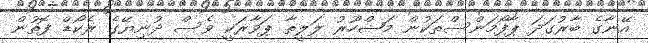
އޭނާގެ ބާރުގަދަ ޕާފޯމަންސްތަކުން މަޝްހޫރު ލަލީތާ ޕަވާރަކީ ވެސް ދުނިޔޭގެ ރެކޯޑް ފޮތުން